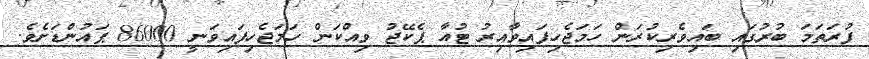
ފުރަތަމަ ބުރުގައި ބައިވެރިކުރަން ހަމަޖެހިފައިވާއިރު ޓުއާ ޕެކޭޖު ވިއްކަން ހަމަޖެހިފައިވަނީ 86000 ޕައުންޑަށެވެ.